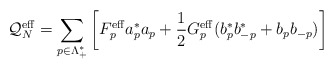
\begin{align*}\mathcal{Q}_N^\mathrm{eff}=\sum_{p\in\Lambda_+^*}\left[ F_p^\mathrm{eff}a^*_pa_p+\frac{1}{2} G_p^\mathrm{eff}(b^*_pb^*_{-p}+b_pb_{-p}) \right]\end{align*}